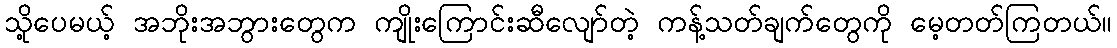
သို့ပေမယ့် အဘိုးအဘွားတွေက ကျိုးကြောင်းဆီလျော်တဲ့ ကန့်သတ်ချက်တွေကို မေ့တတ်ကြတယ်။